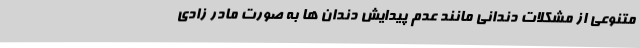
متنوعی از مشکلات دندانی مانند عدم پیدایش دندان ها به صورت مادر زادی